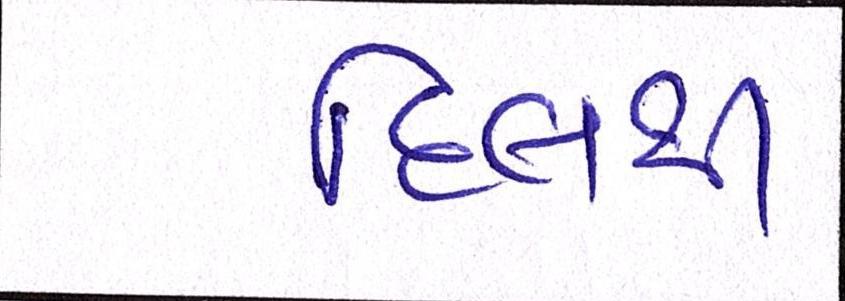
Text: દિલથી